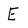
Character: E